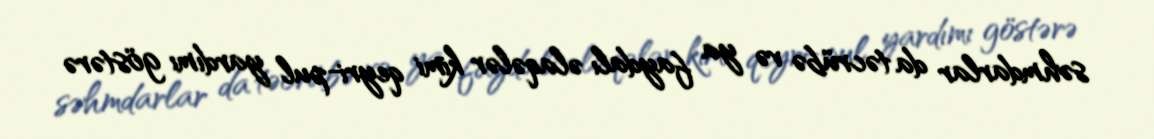
səhmdarlar da təcrübə və ya faydalı əlaqələr kimi qeyri-pul yardımı göstərə